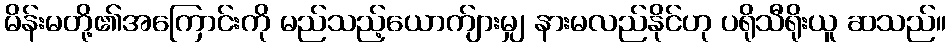
မိန်းမတို့၏အကြောင်းကို မည်သည့်ယောက်ျားမျှ နားမလည်နိုင်ဟု ပရိုသီရိုးယူ ဆသည်။